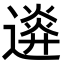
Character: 𨖉